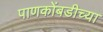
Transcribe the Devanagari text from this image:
पाणकोंबडीच्या